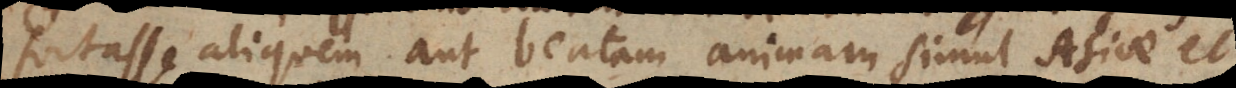
fortasse aliquem aut beatam animam simul Asiae et